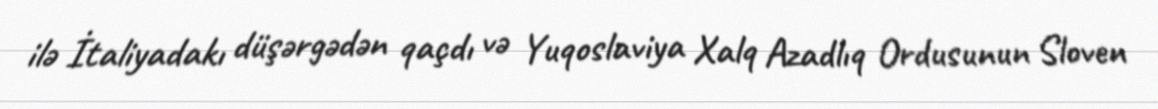
ilə İtaliyadakı düşərgədən qaçdı və Yuqoslaviya Xalq Azadlıq Ordusunun Sloven